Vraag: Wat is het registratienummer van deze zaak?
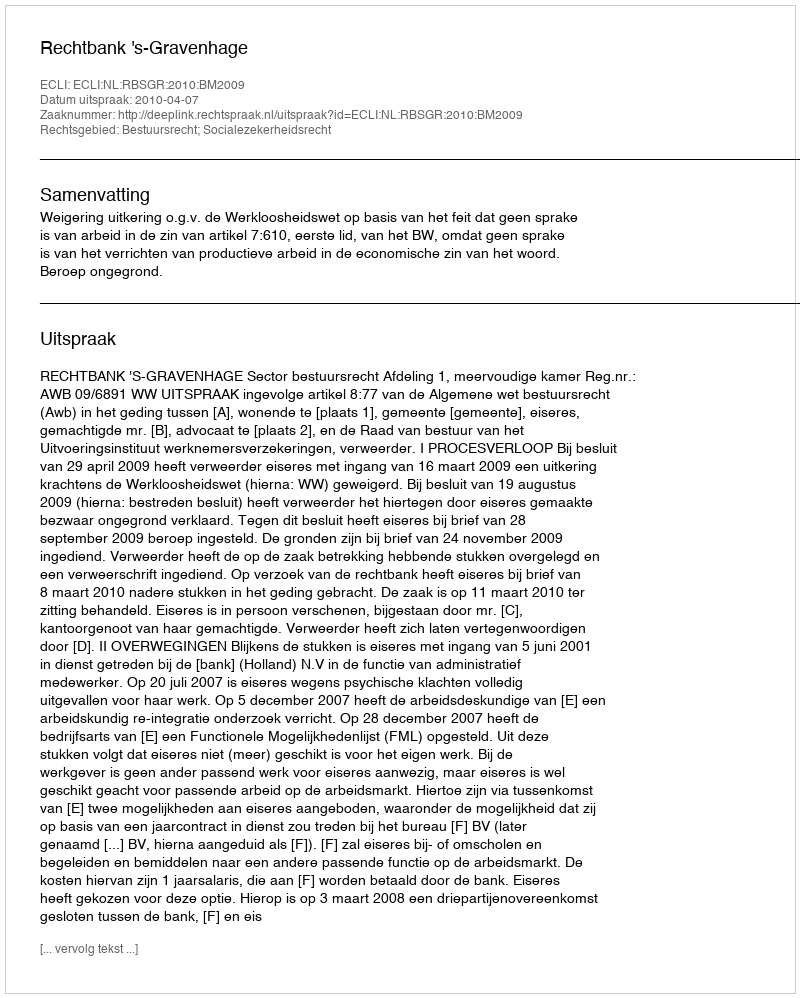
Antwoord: http://deeplink.rechtspraak.nl/uitspraak?id=ECLI:NL:RBSGR:2010:BM2009